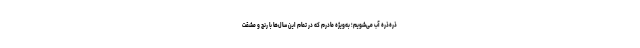
ذره‌ذره آب می‌شویم؛ به‌ویژه مادرم که در تمام این سال‌ها با رنج و مشقت